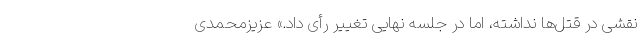
نقشی در قتل‌ها نداشته، اما در جلسه نهایی تغییر رأی داد.» عزیزمحمدی